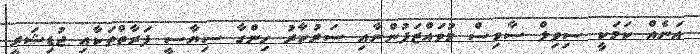
އަނެއް ކަމަކީ ސިވިލް ސާވިސް މުވައްޒަފުންނާއި ސަރުކާރު ހިންގާ ސިޔާސީ ފަރާތްތަކާއި ޖުޑިޝަރީ